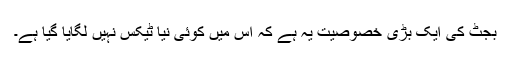
بجٹ کی ایک بڑی خصوصیت یہ ہے کہ اس میں کوئی نیا ٹیکس نہیں لگایا گیا ہے۔